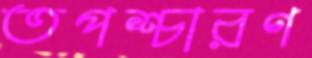
তপশ্চারণ